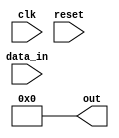
module async_reset_behavioral(
    input wire clk,            // Clock signal
    input wire reset,          // Asynchronous reset signal (active high)
    input wire [7:0] data_in,  // Example additional input signal
    output reg [7:0] out       // Output signal
);

// Initializing the output state
initial begin
    out = 8'b00000000; // Default state of output
end

// Asynchronous Reset Logic
always @(*) begin
    if (reset) begin
        out = 8'b00000000; // Set output to predefined state during reset
    end
end

// Synchronous Behavior
always @(posedge clk) begin
    if (!reset) begin
        // Process data on the rising edge of clk if reset is not asserted
        out <= data_in; // Example assignment - can be replaced with actual logic
    end
end

endmodule